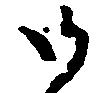
御